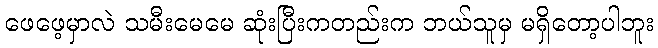
ဖေဖေ့မှာလဲ သမီးမေမေ ဆုံးပြီးကတည်းက ဘယ်သူမှ မရှိတော့ပါဘူး